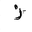
Letter: _zay